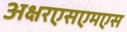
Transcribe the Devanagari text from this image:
अक्षरएसएमएस